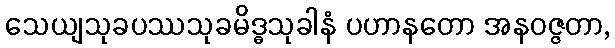
သေယျသုခပဿသုခမိဒ္ဓသုခါနံ ပဟာနတော အနဝဇ္ဇတာ,